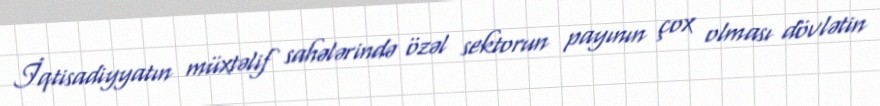
İqtisadiyyatın müxtəlif sahələrində özəl sektorun payının çox olması dövlətin